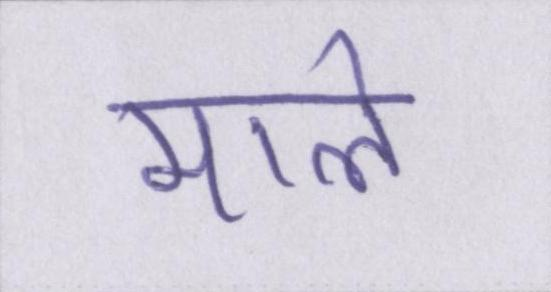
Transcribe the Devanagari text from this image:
माले